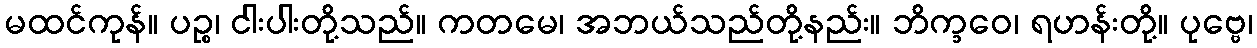
မထင်ကုန်။ ပဉ္စ၊ ငါးပါးတို့သည်။ ကတမေ၊ အဘယ်သည်တို့နည်း။ ဘိက္ခဝေ၊ ရဟန်းတို့။ ပုဗ္ဗေ၊